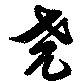
堯